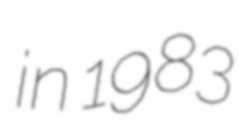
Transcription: in 1983